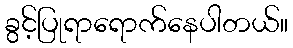
ခွင့်ပြုရာရောက်နေပါတယ်။